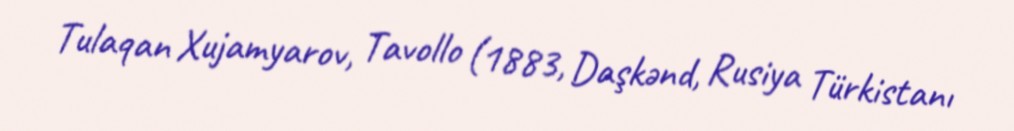
Tulaqan Xujamyarov, Tavollo (1883, Daşkənd, Rusiya Türkistanı